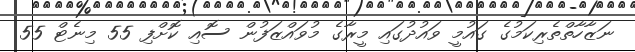
ނަޒާހާތްތެރިކަމުގެ ގައުމީ ވައުދުގައި މީރާގެ މުވައްޒަފުން ސޮއި ކޮށްފި 55 މިނެޓް 55